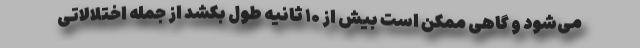
می‌شود و گاهی ممکن است بیش از ۱۰ ثانیه طول بکشد از جمله اختلالاتی